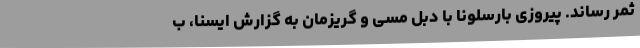
ثمر رساند. پیروزی بارسلونا با دبل مسی و گریزمان به گزارش ایسنا، ب